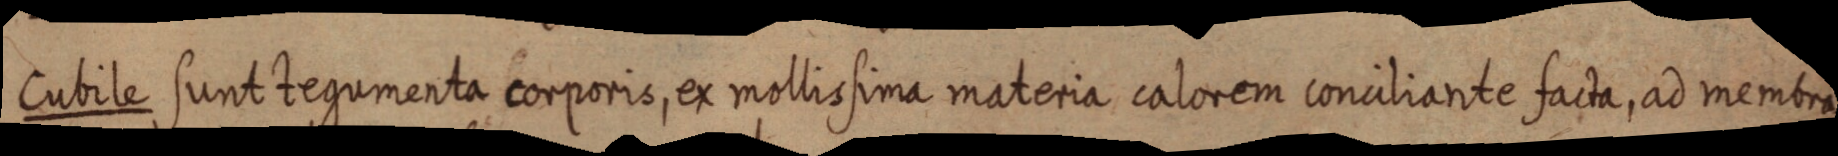
Cubile sunt tegumenta corporis, ex mollissima materia calorem conciliante facta, ad membra